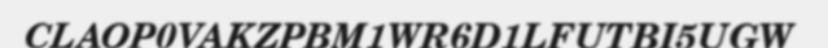
CLAOP0VAKZPBM1WR6D1LFUTBI5UGW